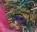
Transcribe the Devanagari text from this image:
भुयारामध्ये